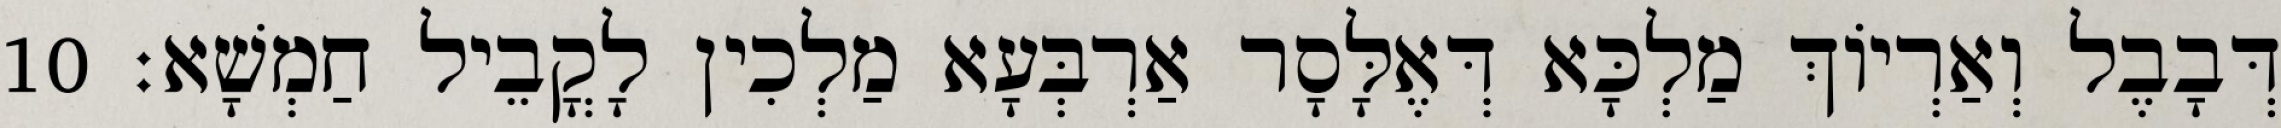
דְּבָבֶל וְאַרְיוֹךְ מַלְכָּא דְּאֶלָּסָר אַרְבְּעָא מַלְכִין לָקֳבֵיל חַמְשָׁא׃ 10